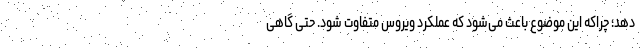
دهد؛ چراکه این موضوع باعث می‌شود که عملکرد ویروس متفاوت شود. حتی گاهی